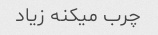
چرب میکنه زیاد